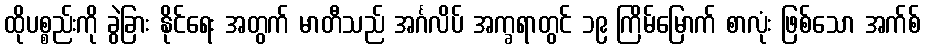
ထိုပစ္စည်းကို ခွဲခြား နိုင်ရေး အတွက် မာတီသည် အင်္ဂလိပ် အက္ခရာတွင် ၁၉ ကြိမ်မြောက် စာလုံး ဖြစ်သော အက်စ်